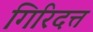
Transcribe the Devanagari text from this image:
गिरिदत्त